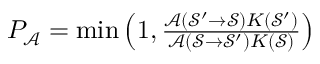
\begin{array} { r } { P _ { \mathcal { A } } = \operatorname* { m i n } \left( 1 , \frac { \mathcal { A } ( \mathcal { S ^ { \prime } } \rightarrow \mathcal { S } ) K ( \mathcal { S ^ { \prime } } ) } { \mathcal { A } ( \mathcal { S } \rightarrow \mathcal { S ^ { \prime } } ) K ( \mathcal { S } ) } \right) } \end{array}